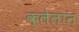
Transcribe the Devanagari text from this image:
क्लेलान